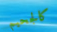
كالجحيم